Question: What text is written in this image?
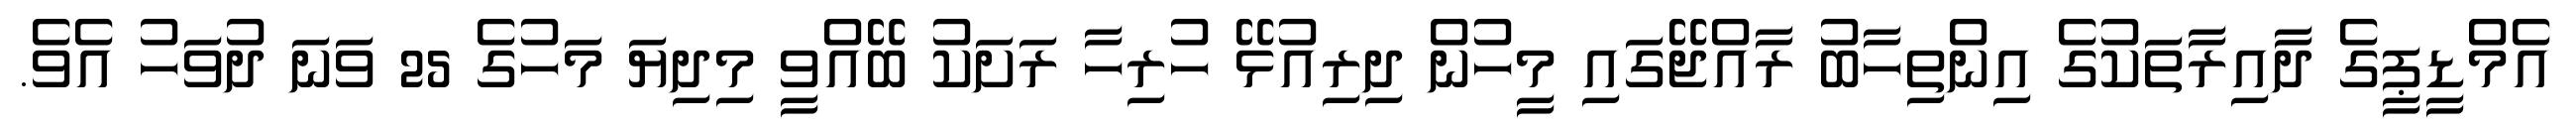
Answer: އެމްޑީޕީގެ ދާއިރާތަކުގެ އިންތިހާބު ރާއްޖޭގައި މީހުން ދިރިއުޅޭ ހުރިހާ ރަށަކު ބޭއްވީ މިދިޔަ މަހުގެ 25 ވަނަ ދުވަހު އެވެ.